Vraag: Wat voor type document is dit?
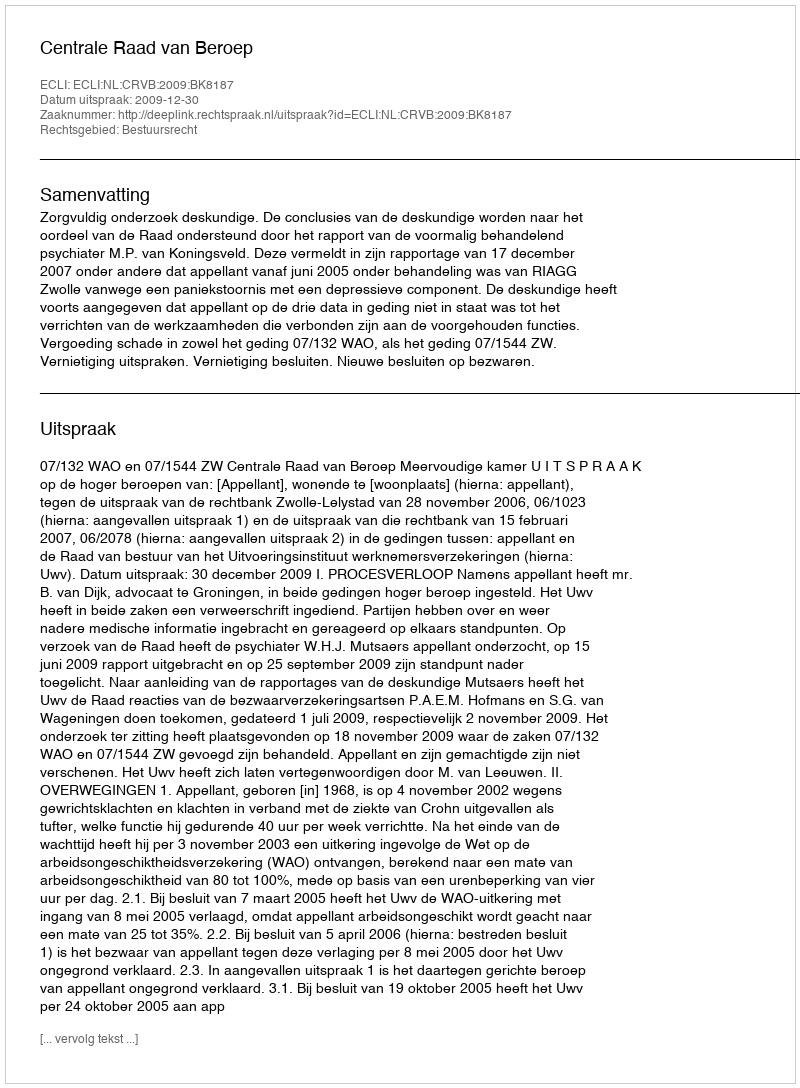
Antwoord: Uitspraak